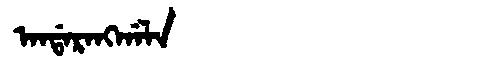
Manchu: ᠠᠨᡩᠠᡵᠠᠩᡤᠠᠯᠠ
Romanization: ANDARANGGALA